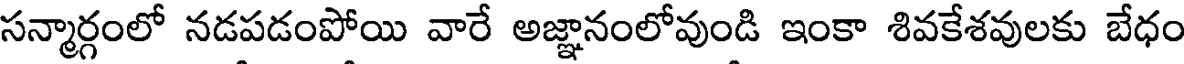
సన్మార్గంలో నడపడంపోయి వారే అజ్ఞానంలోవుండి ఇంకా శివకేశవులకు బేధం